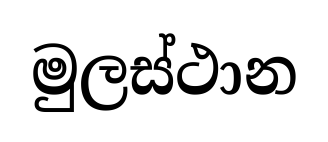
මුලස්ථාන